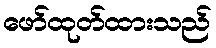
ဖော်ထုတ်ထားသည်